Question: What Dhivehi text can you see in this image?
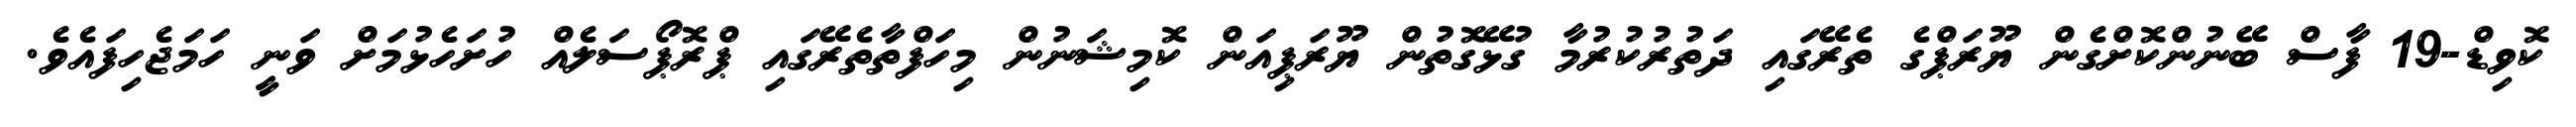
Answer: ކޮވިޑް-19 ފާސް ބޭނުންކޮށްގެން ޔޫރަޕްގެ ތެރޭގައި ދަތުރުކުރުމާ ގުޅޭގޮތުން ޔޫރަޕިއަން ކޮމިޝަނުން މިހަފްތާތެރޭގައި ޕްރޮޕޯސަލެއް ހުށަހެޅުމަށް ވަނީ ހަމަޖެހިފައެވެ.